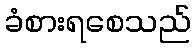
ခံစားရစေသည်